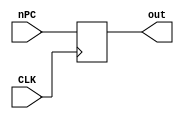
`timescale 1ps/1ps
module PC (input [7:0] nPC,         // next PC (to be write)
           input CLK,
           output reg [7:0] out);   // PC now
    
    always @(negedge CLK) begin
        #10 out <= nPC;
    end

    initial begin
        out <= 8'b0;
    end

endmodule